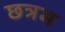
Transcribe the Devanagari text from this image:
छत्रम